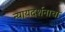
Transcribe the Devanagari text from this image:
न्यायदर्शनाचा